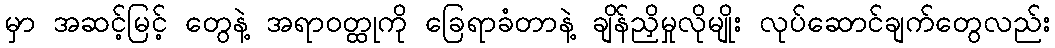
မှာ အဆင့်မြင့် တွေနဲ့ အရာဝတ္ထုကို ခြေရာခံတာနဲ့ ချိန်ညှိမှုလိုမျိုး လုပ်ဆောင်ချက်တွေလည်း